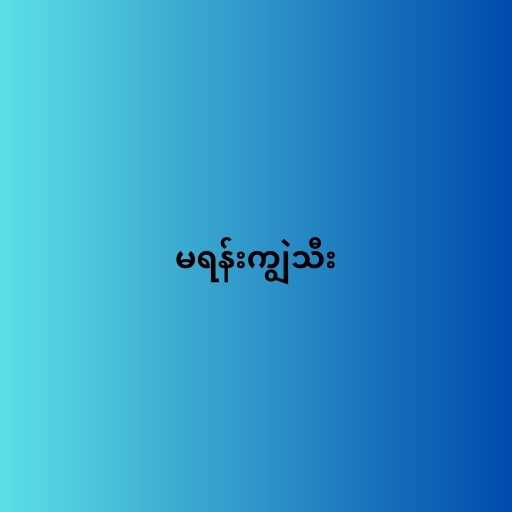
မရန်းကျွဲသီး